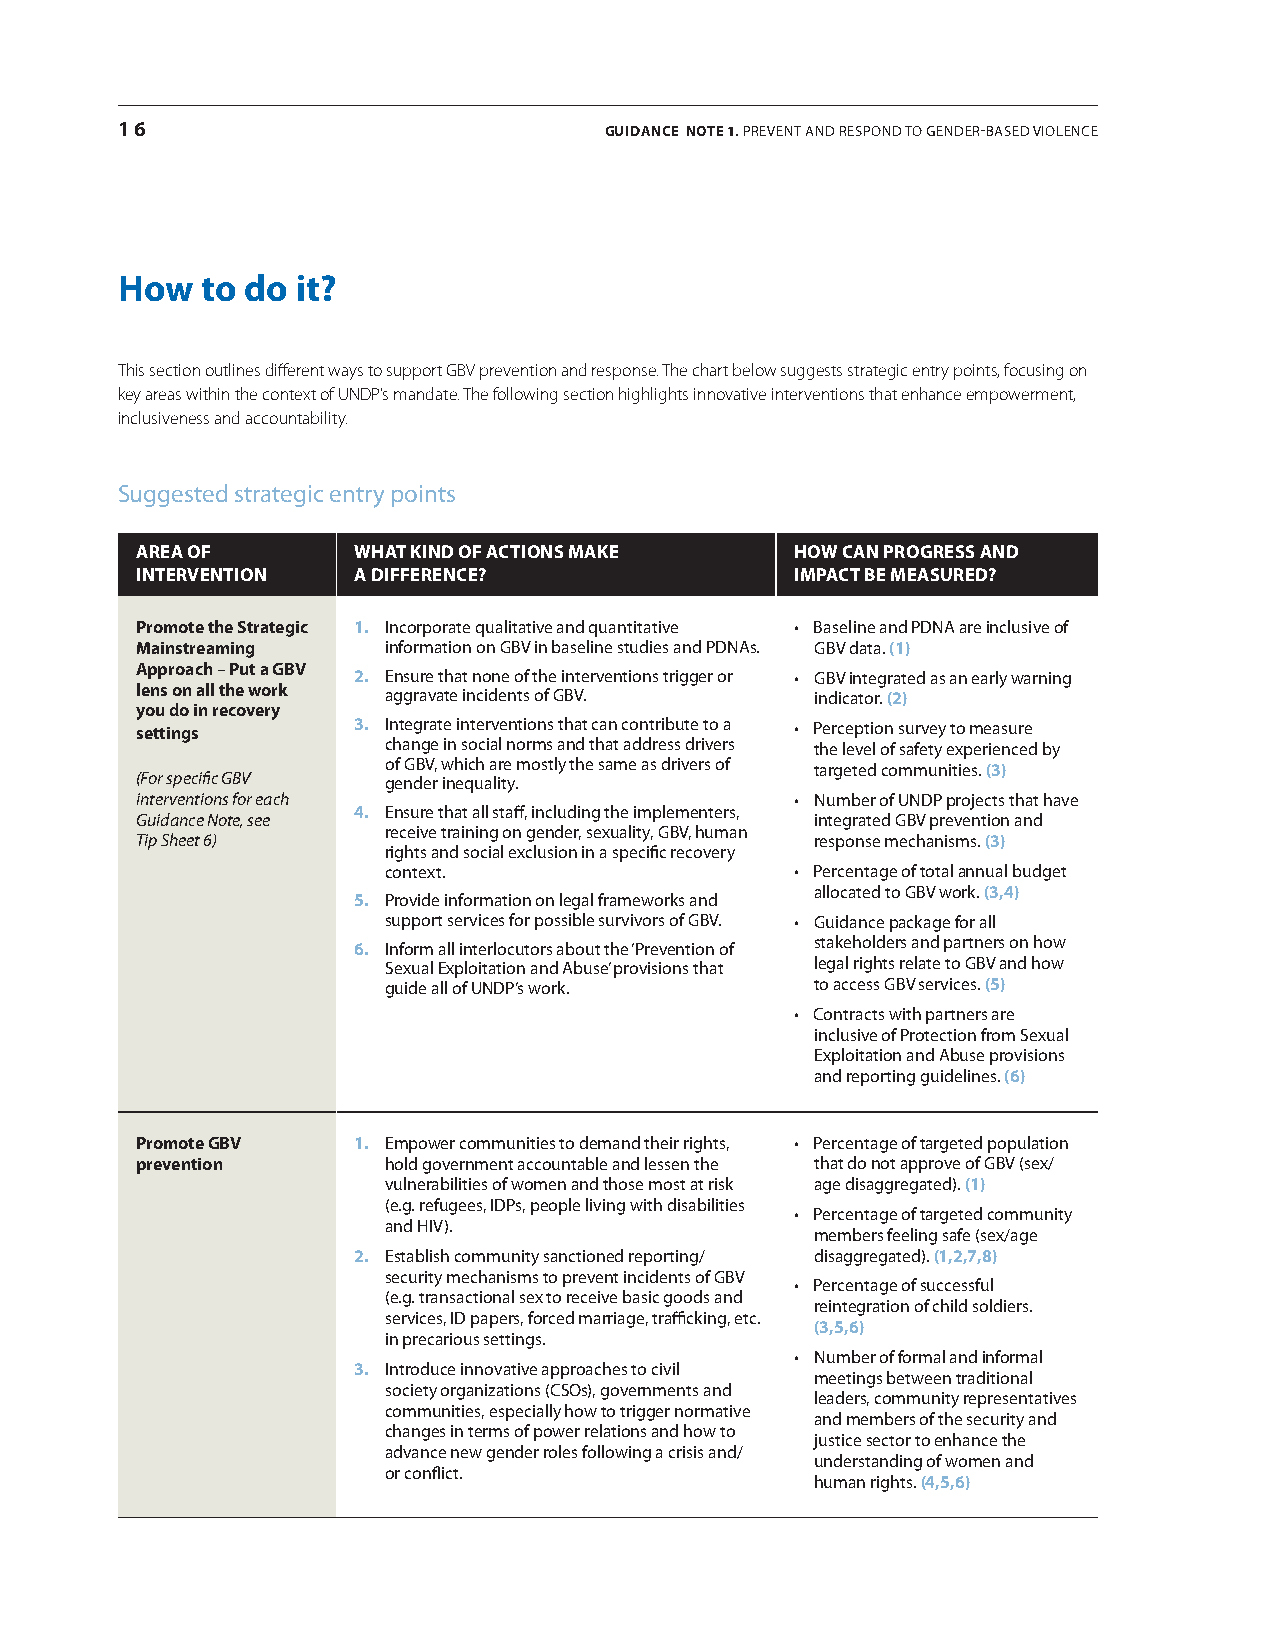
16                              GUIDANCE NotE 1. PreveNT aND reSPoND To GeNDer-BaSeD vIoLeNce
 How  to do  it?
 This section outlines different ways to support GBV prevention and response. The chart below suggests strategic entry points, focusing on
 key areas within the context of UNDP’s mandate. The following section highlights innovative interventions that enhance empowerment,
 inclusiveness and accountability.
 Suggested strategic entry points
 aRea of       WHaT kiNd of aCTioNS make     HoW CaN pRoGReSS aNd
 iNTeRVeNTioN  a diffeReNCe?                 impaCT Be meaSuRed?
 promote the Strategic 1. Incorporate qualitative and quantitative • Baseline and PDNA are inclusive of
 mainstreaming    information on GBv in baseline studies and PDNas. GBv data. (1)
 approach – put a GBV
 2. ensure that none of the interventions trigger or • GBV integrated as an early warning
 lens on all the work aggravate incidents of GBv. indicator. (2)
 you do in recovery
 settings      3. Integrate interventions that can contribute to a • Perception survey to measure
 change in social norms and that address drivers the level of safety experienced by
 of GBv, which are mostly the same as drivers of
 targeted communities. (3)
 (For specific GBV gender inequality.
 interventions for each                      • Number of UNDP projects that have
 4. ensure that all staff, including the implementers,
 Guidance Note, see                           integrated GBv prevention and
 receive training on gender, sexuality, GBv, human
 Tip Sheet 6)                                 response mechanisms. (3)
 rights and social exclusion in a specific recovery
 context.                   • Percentage of total annual budget
 allocated to GBv work. (3,4)
 5. Provide information on legal frameworks and
 support services for possible survivors of GBv. • Guidance package for all
 stakeholders and partners on how
 6. Inform all interlocutors about the ‘Prevention of
 Sexual exploitation and abuse’ provisions that legal rights relate to GBv and how
 guide all of UNDP’s work.   to access GBv services. (5)
 • Contracts with partners are
 inclusive of Protection from Sexual
 exploitation and abuse provisions
 and reporting guidelines. (6)
 promote GBV   1. empower communities to demand their rights, • Percentage of targeted population
 prevention       hold government accountable and lessen the that do not approve of GBv (sex/
 vulnerabilities of women and those most at risk age disaggregated). (1)
 (e.g. refugees, IDPs, people living with disabilities
 • Percentage of targeted community
 and HIv).
 members feeling safe (sex/age
 2. establish community sanctioned reporting/ disaggregated). (1,2,7,8)
 security mechanisms to prevent incidents of GBv
 • Percentage of successful
 (e.g. transactional sex to receive basic goods and
 reintegration of child soldiers.
 services, ID papers, forced marriage, trafficking, etc.
 (3,5,6)
 in precarious settings.
 • Number of formal and informal
 3. Introduce innovative approaches to civil
 meetings between traditional
 society organizations (cSos), governments and
 leaders, community representatives
 communities, especially how to trigger normative
 and members of the security and
 changes in terms of power relations and how to
 justice sector to enhance the
 advance new gender roles following a crisis and/
 understanding of women and
 or conflict.
 human rights. (4,5,6)